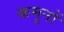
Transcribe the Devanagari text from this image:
कमूनों